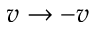
v \rightarrow - v